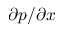
\partial p / \partial x